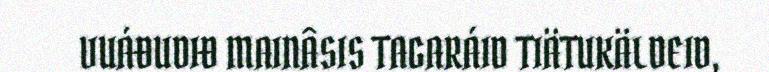
VUÁĐUDIĐ MAINÂSIS TAGARÁID TIÄTUKÄLDEID,